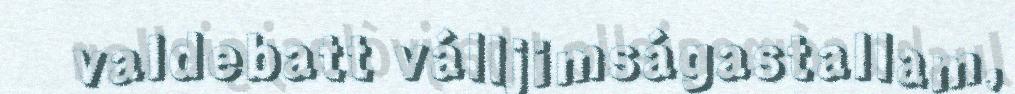
valdebatt válljimságastallam,